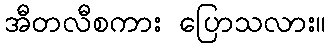
အီတလီစကား ပြောသလား။